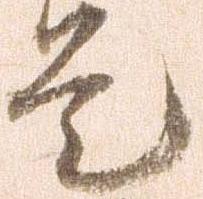
是